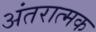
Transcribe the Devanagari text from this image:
अंतरात्मक